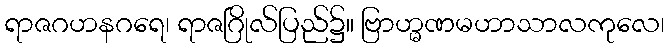
ရာဇဂဟနဂရေ၊ ရာဇဂြိုလ်ပြည်၌။ ဗြာဟ္မဏမဟာသာလကုလေ၊